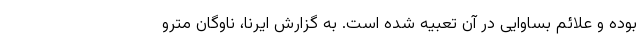
بوده و علائم بساوایی در آن تعبیه شده است. به گزارش ایرنا، ناوگان مترو